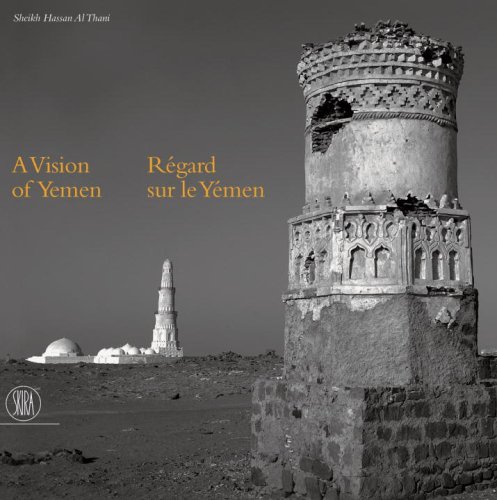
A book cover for A Vision of Yemen; Sheikh Hassan Al Thani; Travel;